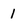
Character: 1